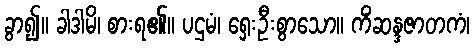
ခွာ၍။ ခါဒါမိ၊ စားရ၏။ ပဌမံ၊ ရှေးဦးစွာသော။ ကိံဆန္ဒဇာတကံ၊